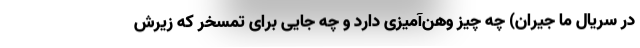
در سریال ما جیران) چه چیز وهن‌آمیزی دارد و چه جایی برای تمسخر که زیرش